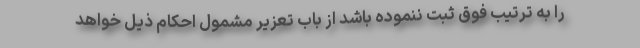
را به ترتیب فوق ثبت ننموده باشد از باب تعزیر مشمول احکام ذیل خواهد